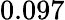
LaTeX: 0.097